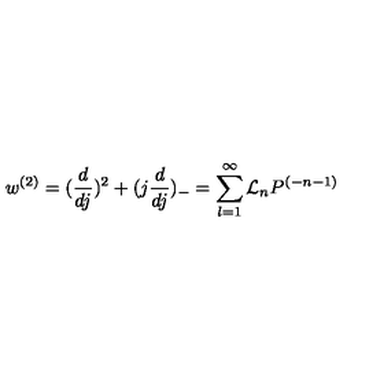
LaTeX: w ^ { ( 2 ) } = ( \frac { d } { d j } ) ^ { 2 } + ( j \frac { d } { d j } ) _ { - } = \sum _ { l = 1 } ^ { \infty } { \cal L } _ { n } P ^ { ( - n - 1 ) }